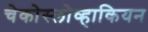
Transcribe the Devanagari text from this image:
चेकोस्लोव्हाकियन